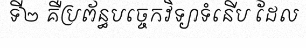
ទី២ គឺប្រព័ន្ធបច្ចេកវិទ្យាទំនើប ដែល